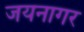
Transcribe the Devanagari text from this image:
जयनागर